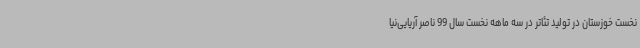
نخست خوزستان در تولید تئاتر در سه ماهه نخست سال 99 ناصر آریایی‌نیا